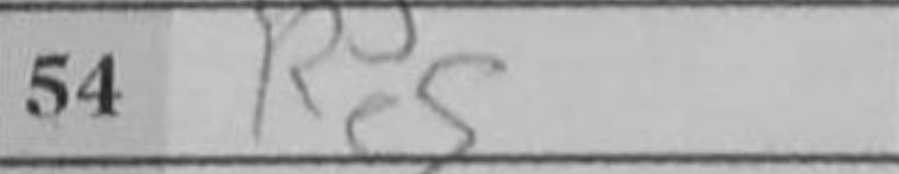
Transcription: Re5